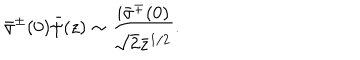
\bar { \sigma } ^ { \pm } ( 0 ) \bar { \psi } ( z ) \sim \frac { i \bar { \sigma } ^ { \mp } ( 0 ) } { \sqrt { 2 } \bar { z } ^ { 1 / 2 } } .